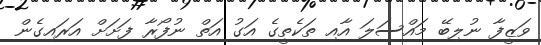
ވަޒީފާ ނުލިބޭ މައްސަލަ އާއި ތަކެތީގެ އަގު އަތް ނުފޯރާ ފަށަށް އަރައިގެން